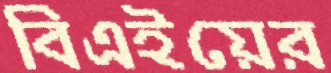
বিএইয়ের